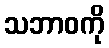
သဘာဝကို